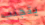
يتجنب